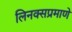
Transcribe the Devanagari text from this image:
लिनक्सप्रमाणे